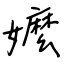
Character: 嬤